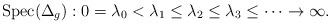
LaTeX: \begin{align*}\mathrm{Spec}(\Delta_g): 0 =\lambda_0 < \lambda_1 \le \lambda_2 \le \lambda_3 \le \cdots \to \infty.\end{align*}